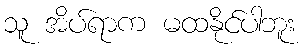
သူ အိပ်ရာက မထနိုင်ပါဘူး